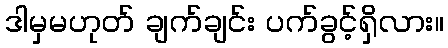
ဒါမှမဟုတ် ချက်ချင်း ပက်ခွင့်ရှိလား။